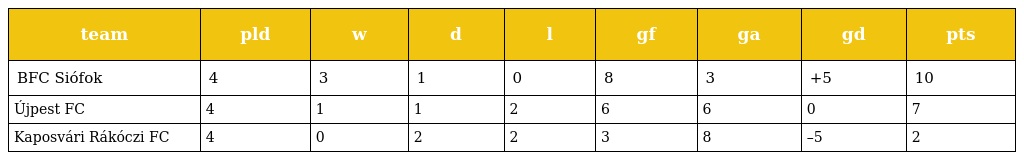
| team | pld | w | d | l | gf | ga | gd | pts |
 | --- | --- | --- | --- | --- | --- | --- | --- | --- |
 | BFC Siófok | 4 | 3 | 1 | 0 | 8 | 3 | +5 | 10 |
 | Újpest FC | 4 | 1 | 1 | 2 | 6 | 6 | 0 | 7 |
 | Kaposvári Rákóczi FC | 4 | 0 | 2 | 2 | 3 | 8 | –5 | 2 |